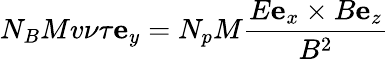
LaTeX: N_{B}Mv\nu\tau\mathbf{e}_{y}=N_{p}M\frac{E\mathbf{e}_{x}\times B\mathbf{e}_{z}}{B^{2}}